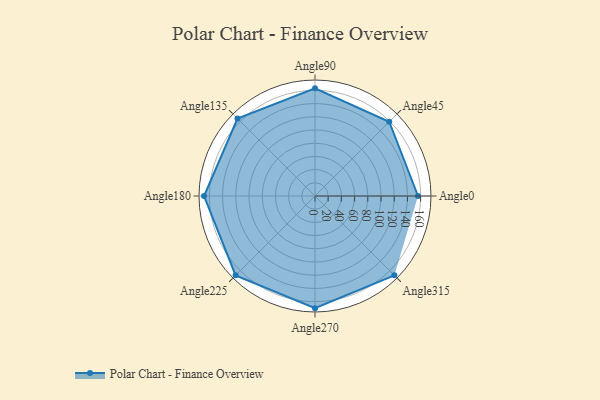
{"axis": {"x": "Angle", "y": "Radius"}, "legend": [""], "data": [{"x": "Angle0", "y": 156.0, "type": ""}, {"x": "Angle45", "y": 159.0, "type": ""}, {"x": "Angle90", "y": 163.0, "type": ""}, {"x": "Angle135", "y": 166.0, "type": ""}, {"x": "Angle180", "y": 168.0, "type": ""}, {"x": "Angle225", "y": 170.0, "type": ""}, {"x": "Angle270", "y": 170, "type": ""}, {"x": "Angle315", "y": 170, "type": ""}]}